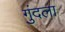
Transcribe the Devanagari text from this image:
गुंदला